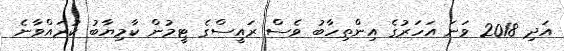
އަދި 2018 ވަނަ އަހަރުގެ އިންތިހާބު ވެސް ރައީސްގެ ޓީމުން ކާމިޔާބު ކުރައްވާނެ